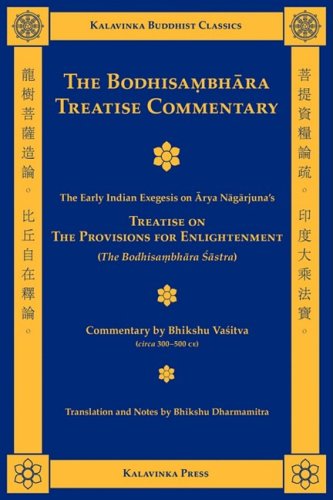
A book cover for The Bodhisambhara Treatise Commentary (Kalavinka Buddhist Classics); Arya Nagarjuna; Religion & Spirituality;